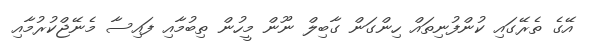
އޭގެ ތެރޭގައި ކުންފުނިތައް ހިންގަން ގާބިލް ނޫން މީހުން ތިބުމާއި ފައިސާ މެނޭޖްކުރުމާއި